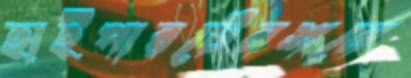
হাইপারটেনশনে